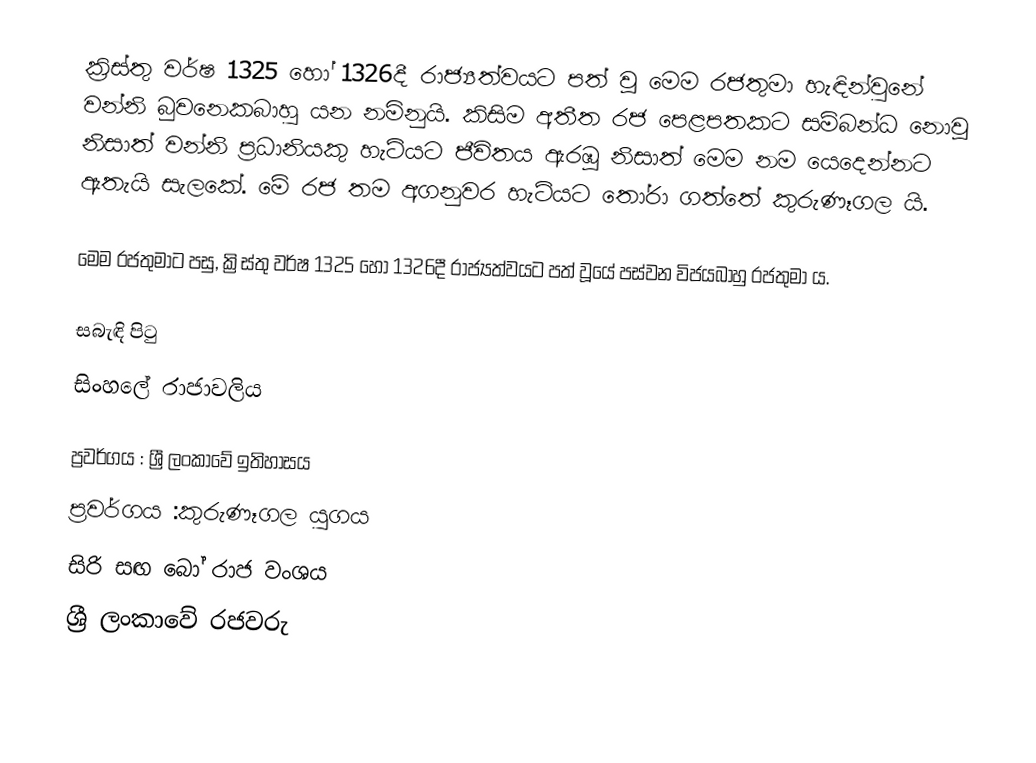
ක්‍රිස්තු වර්ෂ 1325 හෝ 1326දී රාජ්‍යත්වයට පත් වූ මෙම රජතුමා හැඳින්වුනේ වන්නි බුවනෙකබාහු යන නමිනුයි. කිසිම අතීත රජ පෙළපතකට සම්බන්ධ නොවූ නිසාත් වන්නි ප්‍රධානියකු හැටියට ජීවිතය ඇරඹූ නිසාත් මෙම නම යෙදෙන්නට ඇතැයි සැලකේ. මේ රජ තම අගනුවර හැටියට තෝරා ගත්තේ කුරුණෑගල යි.

මෙම රජතුමාට පසු, ක්‍රිස්තු වර්ෂ 1325 හෝ 1326දී රාජ්‍යත්වයට පත් වූයේ පස්වන විජයබාහු රජතුමා ය.

සබැඳි පිටු
 සිංහලේ රාජාවලිය

ප්‍රවර්ගය : ශ්‍රී ලංකාවේ ඉතිහාසය
ප්‍රවර්ගය :කුරුණෑගල යුගය
සිරි සඟ බෝ රාජ වංශය
ශ්‍රී ලංකාවේ රජවරු